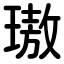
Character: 璈